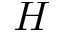
\boldsymbol { H }